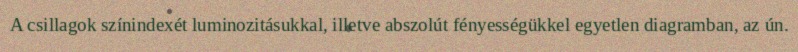
A csillagok színindexét luminozitásukkal, illetve abszolút fényességükkel egyetlen diagramban, az ún.